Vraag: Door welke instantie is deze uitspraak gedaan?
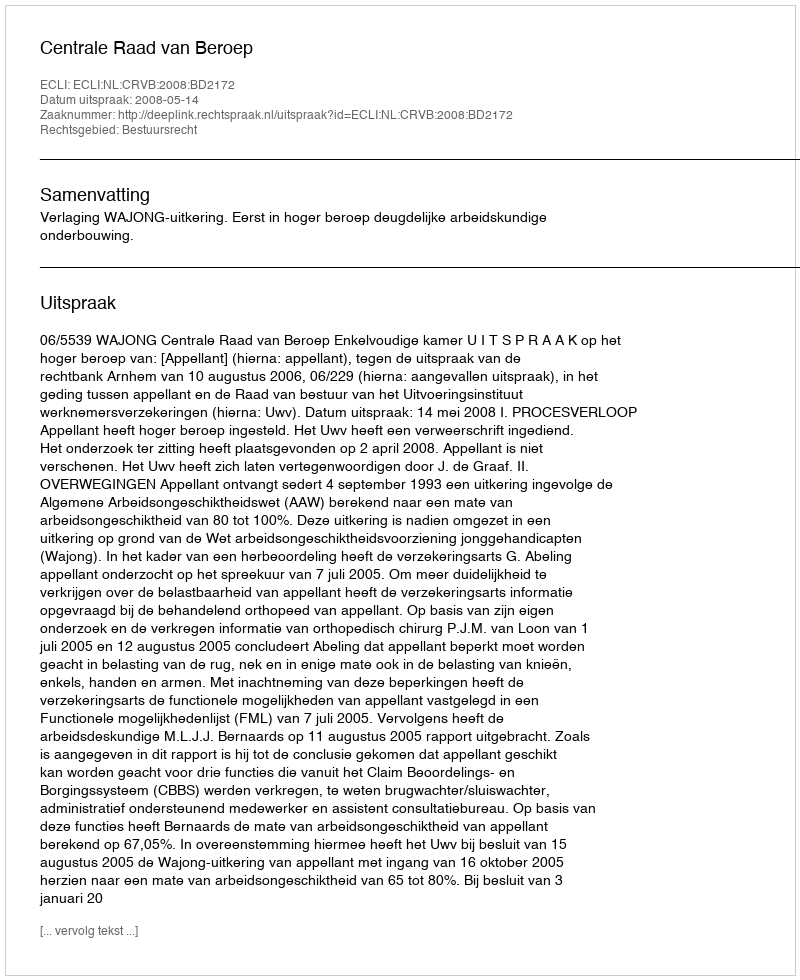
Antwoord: Centrale Raad van Beroep